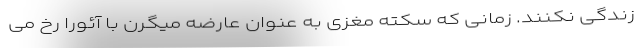
زندگی نکنند. زمانی که سکته مغزی به عنوان عارضه میگرن با آئورا رخ می